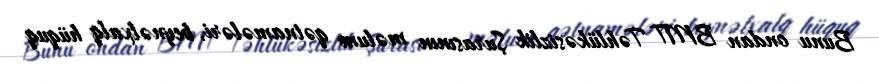
Bunu ondan BMT Təhlükəsizlik Şurasının məlum qətnamələri, beynəlxalq hüquq